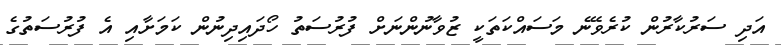
އަދި ސަރުކާރުން ކުރެވޭނެ މަސައްކަތަކީ ޒުވާނުންނަށް ފުރުސަތު ހޯދައިދިނުން ކަމަށާއި އެ ފުރުސަތުގެ